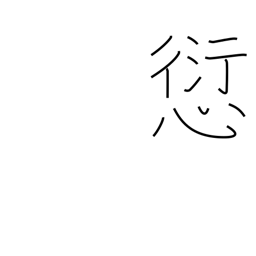
Meaning: offence